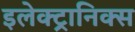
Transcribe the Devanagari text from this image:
इलेक्‍ट्रानिक्स